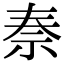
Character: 𥘿